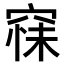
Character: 𮄆